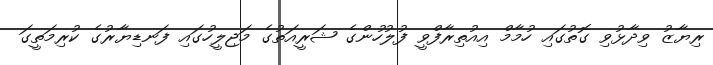
ރިޔާޒު ވިދާޅުވި ގޮތުގައި ހުމާމް އިއުތިރާފްވީ ފުލުހުންގެ ޝަރީއަތުގެ މަޖިލީހުގައި ފަނޑިޔާރުގެ ކުރިމަތީގަ